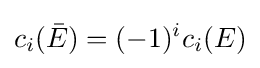
c_{i}({\bar {E}})=(-1)^{i}c_{i}(E)